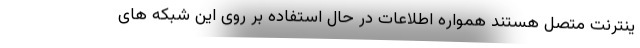
ینترنت متصل هستند همواره اطلاعات در حال استفاده بر روی این شبکه های